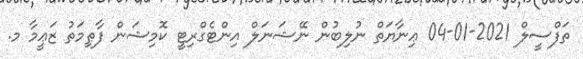
ތަފްސީލް 2021-01-04 ޢިނާޔަތް ނުލިބުން ނޭޝަނަލް އިންޓެގްރިޓީ ކޮމިޝަން ފާޠިމަތު ޒަޢީމާ މ.